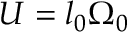
U = l _ { 0 } \Omega _ { 0 }